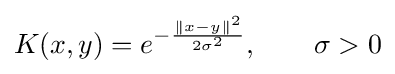
K(x,y)=e^{-{\frac {\|x-y\|^{2}}{2\sigma ^{2}}}},\qquad \sigma >0